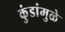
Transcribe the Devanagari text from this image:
कुंडांमुळे